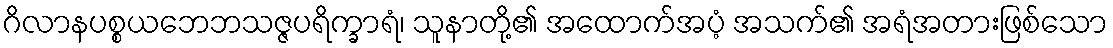
ဂိလာနပစ္စယဘေဘသဇ္ဇပရိက္ခာရံ၊ သူနာတို့၏ အထောက်အပံ့ အသက်၏ အရံအတားဖြစ်သော